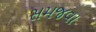
સમજવા